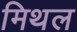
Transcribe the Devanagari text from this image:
मिथल